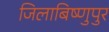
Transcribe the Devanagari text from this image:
जिलाबिष्णुपुर